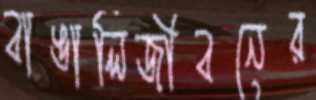
বাঙালিজীবনের